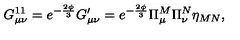
G _ { \mu \nu } ^ { 1 1 } = e ^ { - \frac { 2 \phi } { 3 } } G _ { \mu \nu } ^ { \prime } = e ^ { - \frac { 2 \phi } { 3 } } \Pi _ { \mu } ^ { M } \Pi _ { \nu } ^ { N } \eta _ { M N } ,